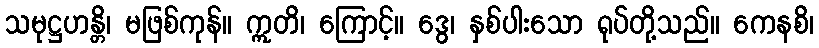
သမုဋ္ဌဟန္တိ၊ မဖြစ်ကုန်။ ဣတိ၊ ကြောင့်။ ဒွေ၊ နှစ်ပါးသော ရုပ်တို့သည်။ ကေနစိ၊